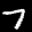
Label: 7